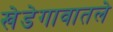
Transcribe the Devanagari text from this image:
खेडेगावातले